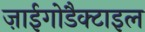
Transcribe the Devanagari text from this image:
ज़ाईगोडैक्टाइल